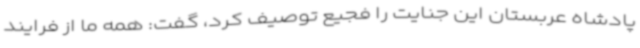
پادشاه عربستان این جنایت را فجیع توصیف کرد، گفت: همه ما از فرایند